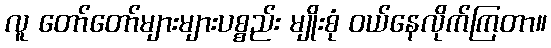
လူ တော်တော်များများပစ္စည်း မျိုးစုံ ဝယ်နေလိုက်ကြတာ။